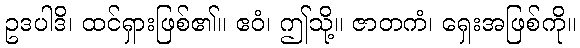
ဥဒပါဒိ၊ ထင်ရှားဖြစ်၏။ ဧဝံ၊ ဤသို့။ ဇာတကံ၊ ရှေးအဖြစ်ကို။